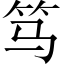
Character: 笃